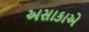
અસાકાએ